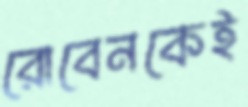
রোবেনকেই